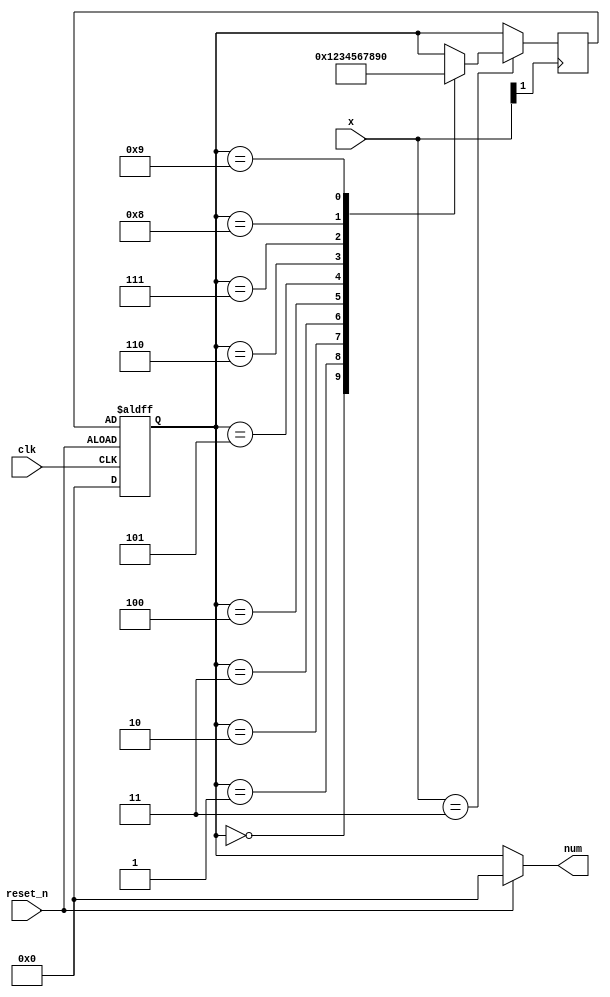
`timescale 1ns / 1ps
//////////////////////////////////////////////////////////////////////////////////
// Company: 
// Engineer: 
// 
// Design Name: 
// Module Name: fsm_counter
// Project Name: 
// Target Devices: 
// Tool Versions: 
// Description: 
// 
// Dependencies: 
// 
// Revision:
// Revision 0.01 - File Created
// Additional Comments:
// 
//////////////////////////////////////////////////////////////////////////////////


module fsm_counter
#(parameter VC = 2'b11)    
    (
    input clk, reset_n,
    input [9:8] x,
    output [3:0] num
    );
    
    reg [3:0] state_reg, state_next;
    localparam  s0 = 0, s1 = 1, s2 = 2, s3 = 3,
                s4 = 4, s5 = 5, s6 = 6, s7 = 7,
                s8 = 8, s9 = 9;   
    
    // State register
    always @(posedge clk or negedge reset_n)
    begin
        if (reset_n)
            state_reg <= 0;
        else
            state_reg <= state_next;
    end
    
    // Next state logic
    always @(posedge x[9])
    begin
        if(x[9:8] == VC)
            case(state_reg)
                s0: state_next = s1;                            
                s1: state_next = s2;                                
                s2: state_next = s3;                
                s3: state_next = s4;                 
                s4: state_next = s5;                
                s5: state_next = s6;                 
                s6: state_next = s7;         
                s7: state_next = s8;
                s8: state_next = s9;
                s9: state_next = s0;                                                                                                           
                default: state_next = state_reg;            
            endcase
        else
            state_next = state_reg;        
    end
    
    // Output logic
    assign num = reset_n ? 0 : state_reg;
endmodule